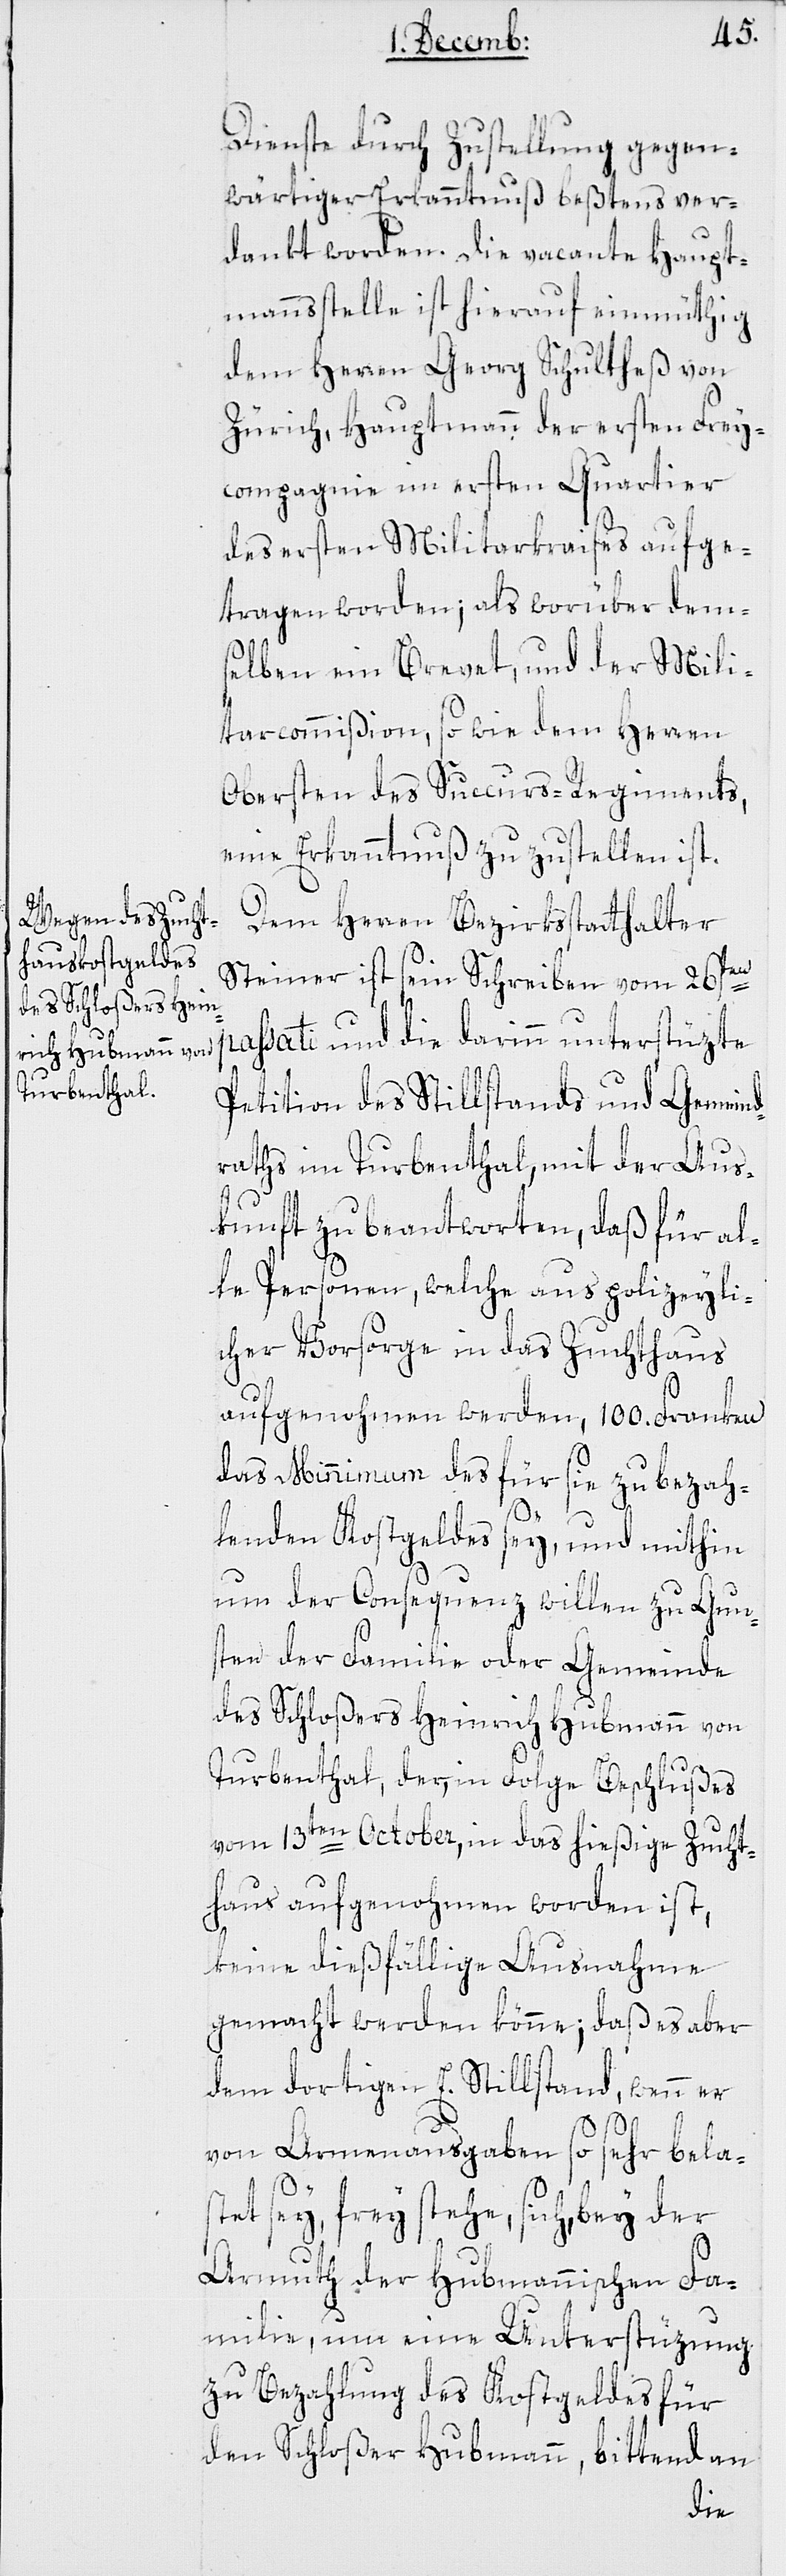
gegen¬

wärtiger Erkanntnuß beßtens ver¬
dankt worden. Die vacante Haupt¬
mannsstelle ist hierauf einmüthig
dem Herren Georg Schultheß von
Zürich, Hauptmann der ersten Frey¬
compagnie im ersten Quartier
des ersten Militarkraises aufge¬
tragen worden; als worüber dem¬
selben ein Brevet, und der Mili¬
tarcommißion so wie dem Herren
Obersten des Succurs-Regiments,
eine Erkanntnuß zuzustellen ist.
Dem Herren Bezirksstatthalter
Steiner ist sein Schreiben vom 26sten
passati und die darinn unterstüzte
Petition des Stillstands und Gemeind¬
raths im Turbenthal, mit der Aus¬
kunft zu beantworten, daß für al¬
le Personen, welche aus polizeyli¬
cher Vorsorge in das Zuchthaus
aufgenohmen werden, 100. Franken
das Minnimum des für sie zu bezah¬
lenden Kostgeldes sey, und mithin
um der Consequenz willen zu Gun¬
sten der Familie oder Gemeinde
des Schloßers Heinrich Hubmann von
Turbenthal, der, in Folge Beschlußes
vom 13ten October, in das hießige Zucht¬
haus aufgenohmen worden ist,
keine dießfällige Ausnahme
gemacht werden könne; daß es aber
dem dortigen E. Stillstand, wenn er
von Armenausgaben so sehr belas¬
tet sey, frey stehe, sich bey der
Armuth der Hubmannischen Fa¬
milie, um eine Unterstüzung
zu Bezahlung des Kostgeldes für
den Schloßer Hubmann, bittend an